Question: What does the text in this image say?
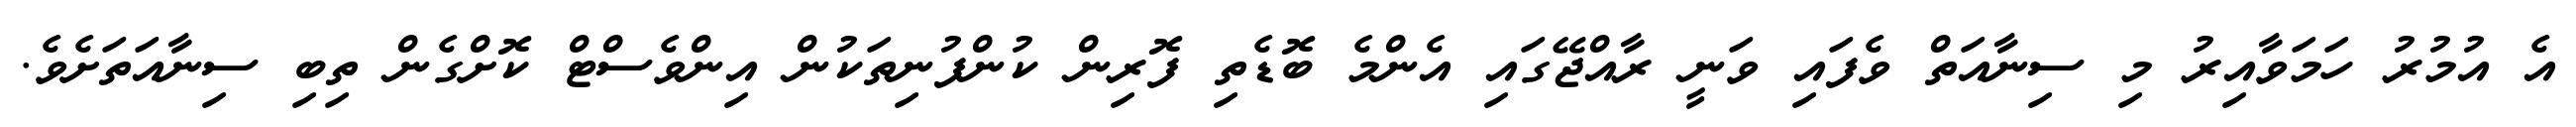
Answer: އެ އުމުރު ހަމަވާއިރު މި ސިނާއަތް ވެފައި ވަނީ ރާއްޖޭގައި އެންމެ ބޮޑެތި ފޮރިން ކުންފުނިތަކުން އިންވެސްޓް ކޮށްގެން ތިބި ސިނާއަތަށެވެ.